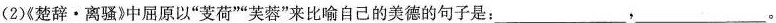
(2)《楚辞·离骚》中屈原以”芰荷””芙蓉”来比喻自己的美德的句子是：___,___。